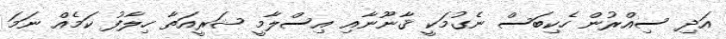
އަދި ސިއްރުން ހެކިބަސް ނެގުމަކީ ޤާނޫނާއި އިސްލާމީ ޝަރީއަތާ ހިލާފު ކަމެއް ނަމަ